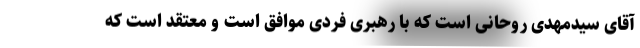
آقای سیدمهدی روحانی است که با رهبری فردی موافق است و معتقد است که